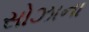
સોઝાના